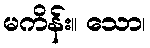
မကိန်း။ သော၊